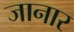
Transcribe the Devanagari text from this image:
जानार